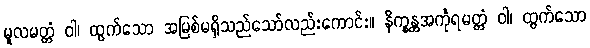
မူလမတ္တံ ဝါ၊ ထွက်သော အမြစ်မရှိသည်သော်လည်းကောင်း။ နိက္ခန္တအင်္ကုရမတ္တံ ဝါ၊ ထွက်သော